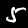
Label: 5